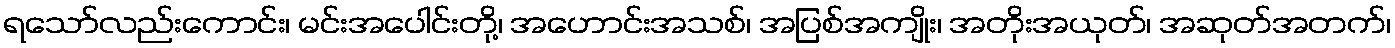
ရသော်လည်းကောင်း၊ မင်းအပေါင်းတို့၊ အဟောင်းအသစ်၊ အပြစ်အကျိုး၊ အတိုးအယုတ်၊ အဆုတ်အတက်၊